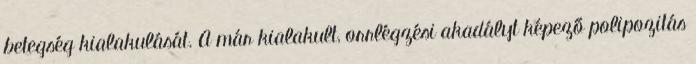
betegség kialakulását. A már kialakult, orrlégzési akadályt képező polipozitás